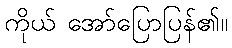
ကိုယ် အော်ပြောပြန်၏။